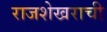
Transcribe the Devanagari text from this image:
राजशेखराची